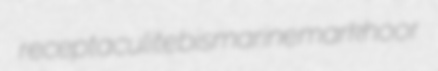
receptaculite bismarine markhoor